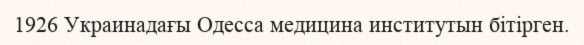
1926 Украинадағы Одесса медицина институтын бітірген.